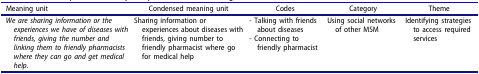
| Meaning unit | Condensed meaning unit | Codes | Category | Theme |
 | --- | --- | --- | --- | --- |
 | We are sharing information or the experiences we have of diseases with friends, giving the number and linking them to friendly pharmacists where they can go and get medical help. | Sharing information or experiences about diseases with friends, giving number to friendly pharmacist where go for medical help | - Talking with friends about diseases- Connecting to friendly pharmacist | Using social networks of other MSM | Identifying strategies to access required services |